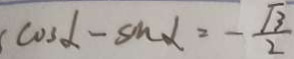
\cos \alpha - \sin \alpha = - \frac { \sqrt { 3 } } { 2 }